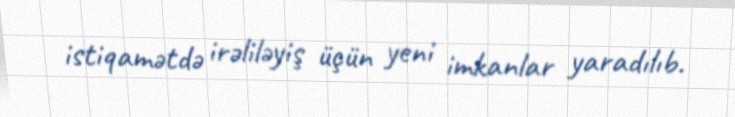
istiqamətdə irəliləyiş üçün yeni imkanlar yaradılıb.